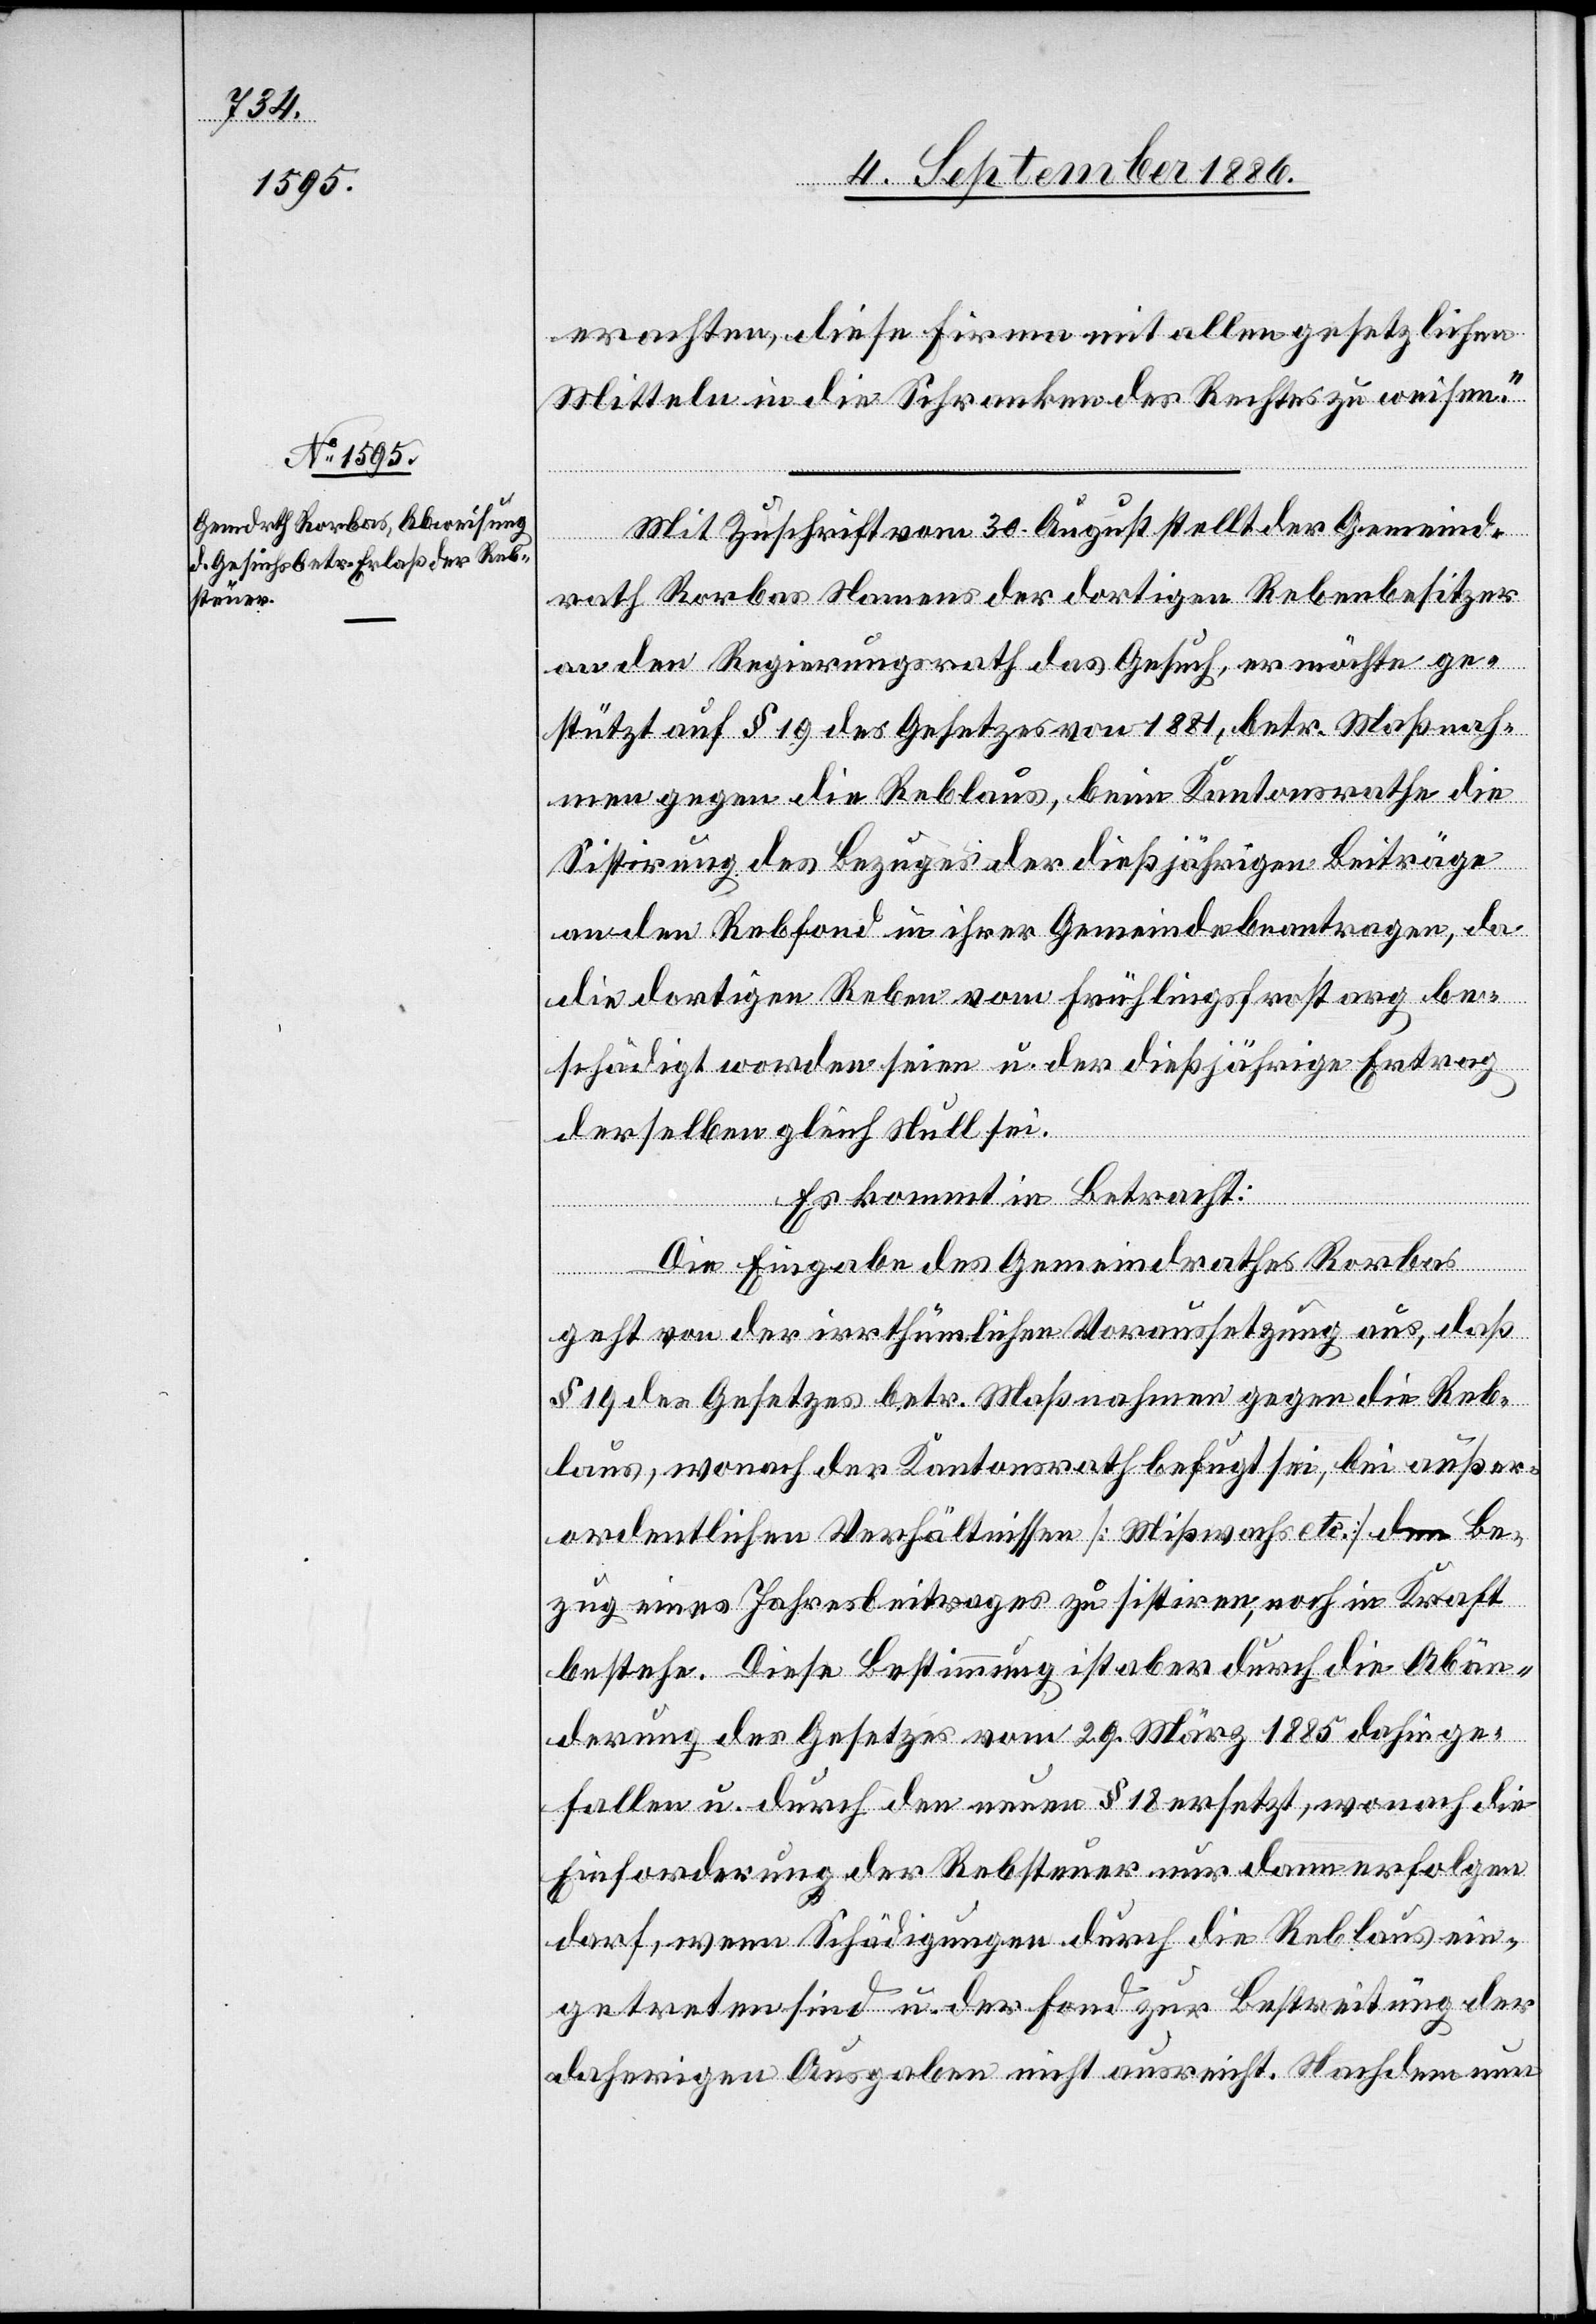
erachten, diese Firma mit allen gesetzlichen
Mitteln in die Schranken des Rechtes zu weisen.“
Mit Zuschrift vom 30. August stellt der Gemeind¬
rath Rorbas Namens der dortigen Rebenbesitzer
an den Regierungsrath das Gesuch, er möchte ge¬
stützt auf § 19 des Gesetzes von 1881, betr. Maßnah¬
men gegen die Reblaus, beim Kantonsrathe die
Sistirung des Bezuges der dießjährigen Beiträge
an den Rebfond in ihrer Gemeinde beantragen, da
die dortigen Reben vom Frühlingsfrost arg be¬
schädigt worden seien u. der dießjährige Ertrag
derselben gleich Null sei.
Es kommt in Betracht:
Die Eingabe des Gemeindrathes Rorbas
geht von der irrthümlichen Voraussetzung aus, daß
§ 19 des Gesetzes betr. Maßnahmen gegen die Reb¬
laus, wonach der Kantonsrath befugt sei, bei außer¬
ordentlichen Verhältnissen [Mißwachs etc.] den Be¬
zug eines Jahresbeitrages zu sistiren, noch in Kraft
bestehe. Diese Bestimmung ist aber durch die Abän¬
derung des Gesetzes vom 29. März 1885 dahinge¬
fallen u. durch den neuen § 18 ersetzt, wonach die
Einforderung der Rebsteuer nur dann erfolgen
darf, wenn Schädigungen durch die Reblaus ein¬
getreten sind u. der Fond zur Bestreitung der
daherigen Ausgaben nicht ausreicht. Nachdem nun